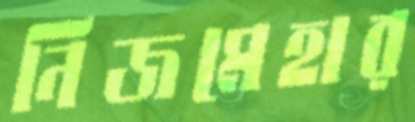
নিজমেহার